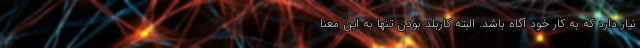
نیاز دارد که به کار خود آگاه باشد. البته کاربلد بودن تنها به این معنا